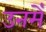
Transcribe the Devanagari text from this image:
उनमेँ